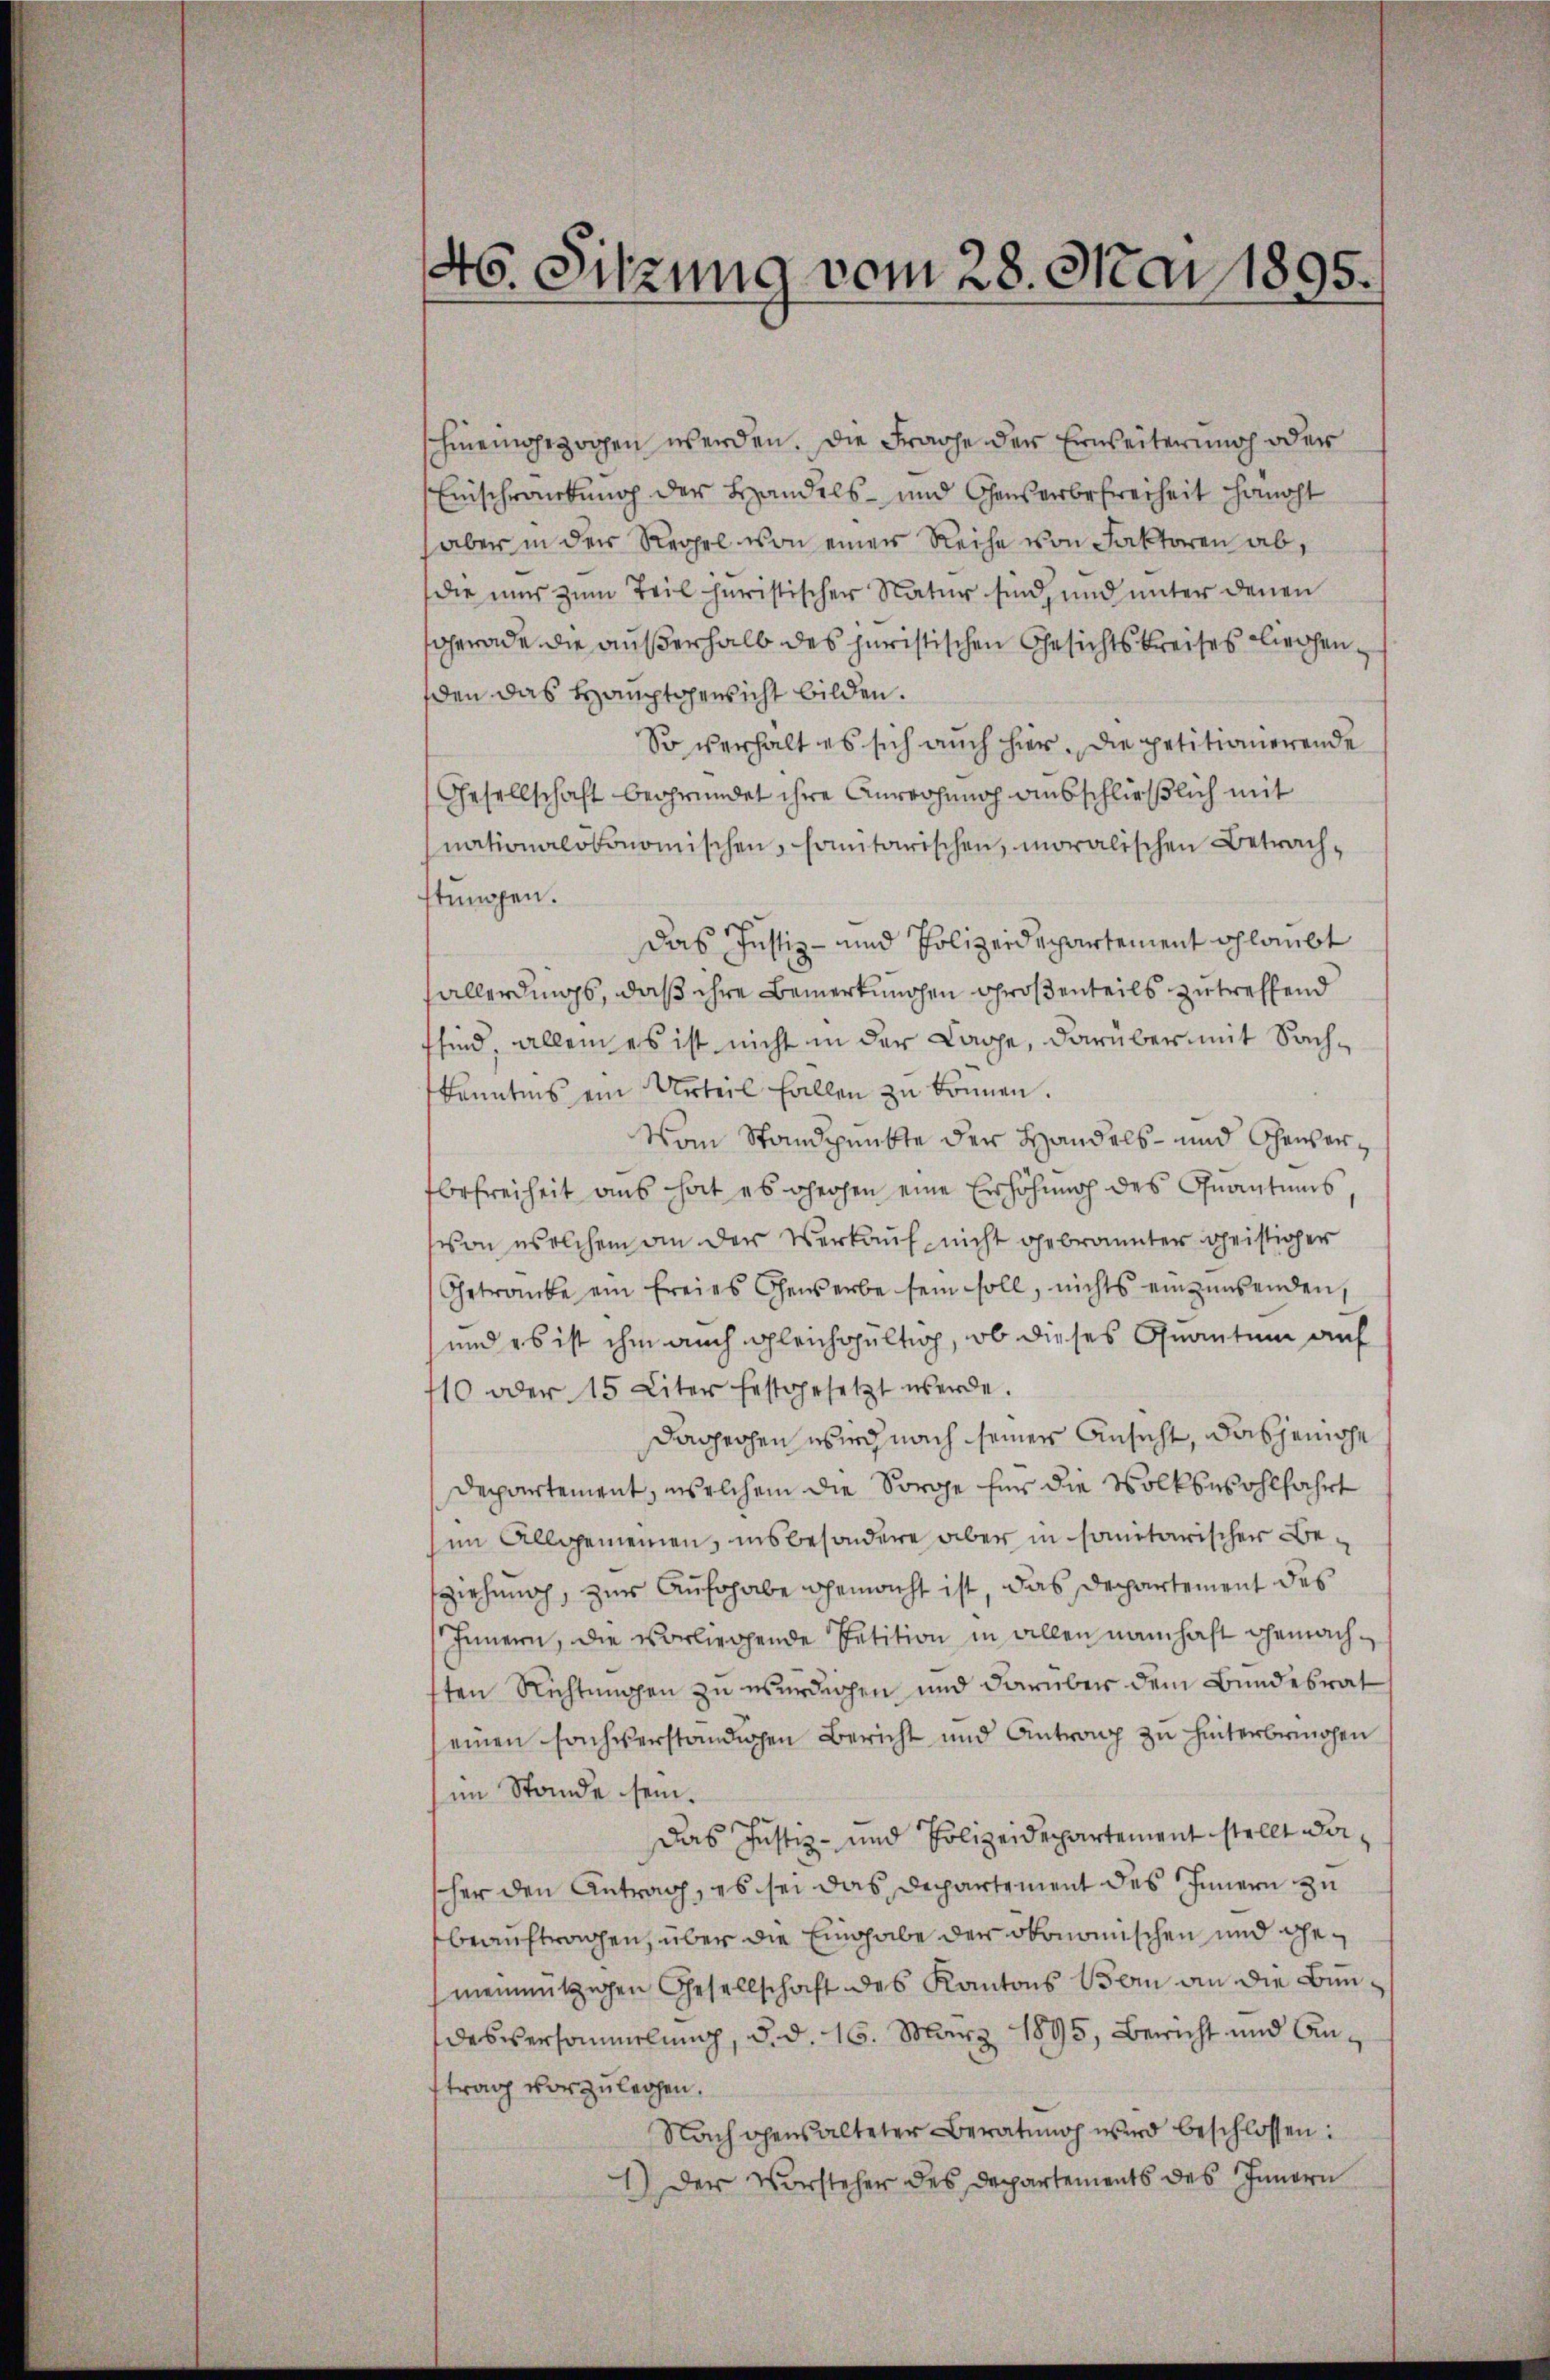
46. Sitzung vom 28. Mai 1895.

hineingezogen werden. Die Frache der Erweiterung oder
Einschränkung der Handels- und Conserbefreiheit hanoht
(aber in der Regel von einer Reihe von Faktoren ab,
die nur zum Teil heristischer Natur sind, und unter denen
gerade die außerhalb des juristischen Gesichtskreises Kirchenden das Hauptgewicht bilden.
So verhalt es sich auch hier. Die petitianerende
Gesellschaft begründet ihre Anrechung ausschließlich mit
nationalökonomischen, homitarischen, moralischen Betrachstungen.
Das Justiz- und Polizeidepartement schlaubt
Fallerdings, daß ihre Bemerkungen Großenteils zutreffend
sind, allein es ist nicht in der Lage, darüber mit Sachkenntnis ein Urteil fallen zu können.
Vom Standpunkte der Handels- und Gewerbefreiheit aus hat es hohen eine Erhöhung des Quantums,
von welchem an der Verkauf nicht gebrannter geistiger
Getraube ein freies Gewerbe sein soll, nichts einzinsenden,
und es ist ihm auch gleichgültig, ob dieses Quantum auf
10 oder 15 Liter festgesetzt werde.
Daghechen wir nach seiner Ansicht, dasjenige
departement, welchem die Sorge für die Volkswohlfahrt
im Allgemeinen, insbesondere aber in sanitarischer Beziehung, zur Aufohabe gemacht ist, das Departement des
Innern, die vorliegende Petition in allen namhaft gemachsten Richtungen zu würdigen und darüber dem Bundesrat
einen sachverständigen Bericht und Antrag zu hinterbringen
im Stande sein.
Das Justiz- und Polizeidepartement stellt daher den Antrag, es sei das Departement des Innern zu
beauftragen, über die Eingabe der ökonomischen und Gemeinnützigen Gesellschaft des Kantons Bern an die Bundesversammlung, d. d. 16. März 1895, Bericht und Antrag vorzulegen.
Nach gensalteter Beratung wird beschlossen:
1) Der Vorsteher des Departements des Innern